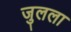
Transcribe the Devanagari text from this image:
जुलला